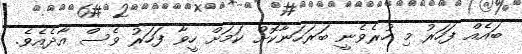
ބައެއް ފަހަރު މި ހުރެވެނީ ބަރަހަނާކޮށް ކަމަށް ހީވާ ފަހަރު ވެސް އާދެއެވެ.